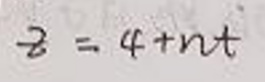
$z = 4+nt$